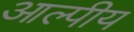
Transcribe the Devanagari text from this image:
आल्पीय